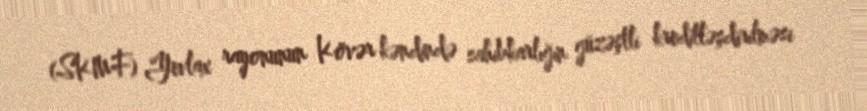
(SKMF) Yevlax rayonunun Kövər kəndində sahibkarlığın güzəştli kreditləşdirilməsi